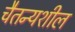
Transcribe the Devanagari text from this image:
चैतन्यशील